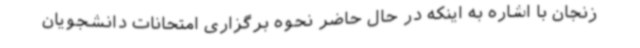
زنجان با اشاره به اینکه در حال حاضر نحوه برگزاری امتحانات دانشجویان